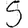
Digit: 5